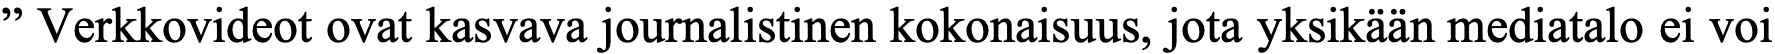
” Verkkovideot ovat kasvava journalistinen kokonaisuus, jota yksikään mediatalo ei voi